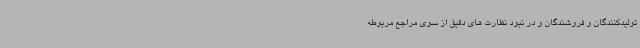
تولیدکنندگان و فروشندگان و در نبود نظارت های دقیق از سوی مراجع مربوطه